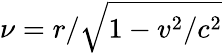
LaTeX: \nu=r/\sqrt{1-v^{2}/c^{2}}